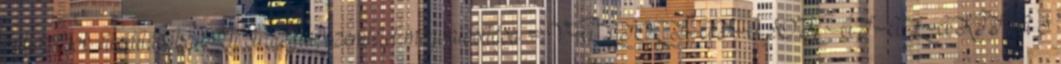
változások elindításában Új stratégia, szemlélet megvalósítása = VÁLTOZTATÁSOK ÁTALAKÍTÁS